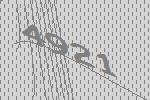
4921